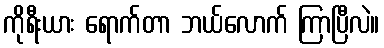
ကိုရီးယား ရောက်တာ ဘယ်လောက် ကြာပြီလဲ။